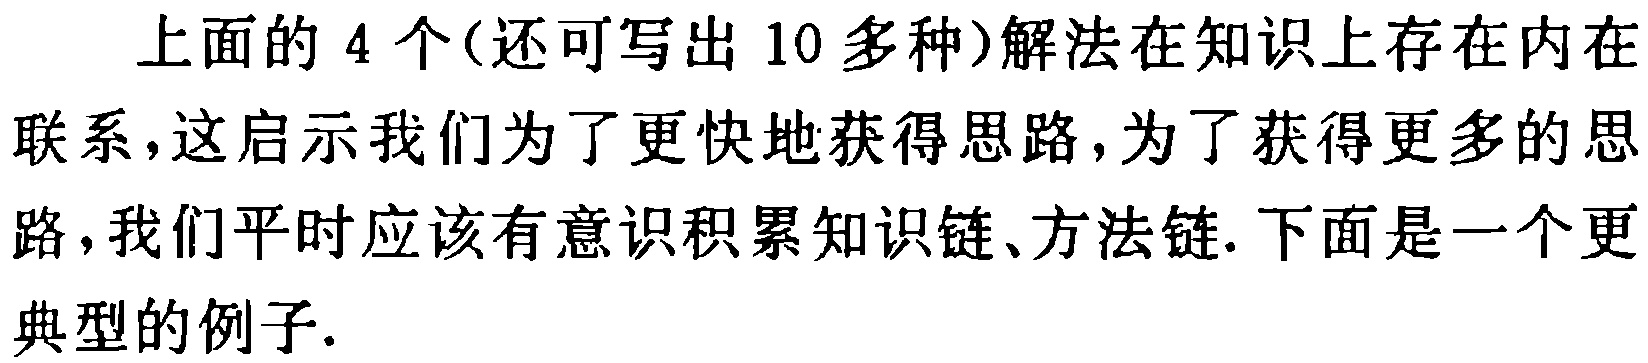
上面的4个(还可写出10多种)解法在知识上存在内在联系,这启示我们为了更快地获得思路,为了获得更多的思路,我们平时应该有意识积累知识链、方法链.下面是一个更典型的例子.